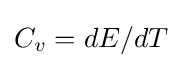
C_{v}=dE/dT